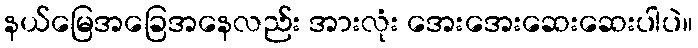
နယ်မြေအခြေအနေလည်း အားလုံး အေးအေးဆေးဆေးပါပဲ။